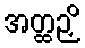
အတ္ထဉှိ